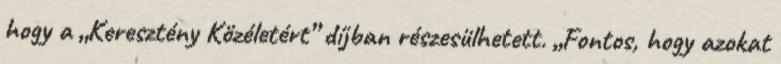
hogy a „Keresztény Közéletért” díjban részesülhetett. „Fontos, hogy azokat